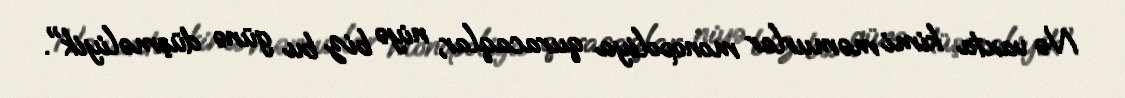
Nə vaxta kimi məmurlar monopoliya quracaqlar, niyə biz bu günə düşməliyik".